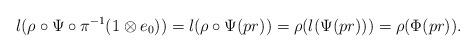
LaTeX: \begin{align*}l(\rho\circ \Psi\circ \pi^{-1}(1\otimes e_0))= l(\rho\circ \Psi(pr))=\rho(l(\Psi(pr)))=\rho(\Phi(pr)).\end{align*}